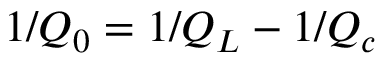
1 / Q _ { 0 } = 1 / Q _ { L } - 1 / Q _ { c }